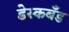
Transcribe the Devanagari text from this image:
डेस्कबँड